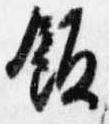
飯